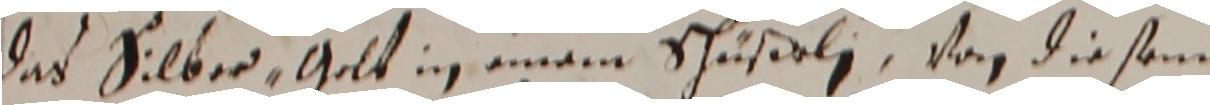
das silber, gelt in einem schußeli von die sem